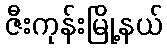
ဇီးကုန်းမြို့နယ်